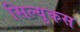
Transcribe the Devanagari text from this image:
सिल्युकस